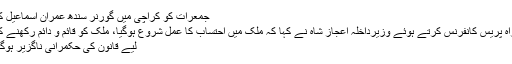
جمعرات کو کراچی میں گورنر سندھ عمران اسماعیل کے
ہمراہ پریس کانفرنس کرتے ہوئے وزیرداخلہ اعجاز شاہ نے کہا کہ ملک میں احتساب کا عمل شروع ہوگیا، ملک کو قائم و دائم رکھنے کے
لیے قانون کی حکمرانی ناگزیر ہوگئی۔